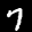
Label: 7